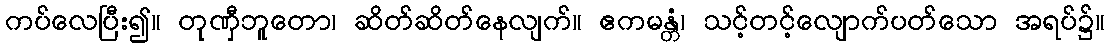
ကပ်လေပြီး၍။ တုဏှီဘူတော၊ ဆိတ်ဆိတ်နေလျက်။ ဧကမန္တံ၊ သင့်တင့်လျောက်ပတ်သော အရပ်၌။